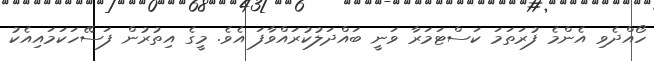
ހޯއްދެވި އެންމެ ފުރަތަމަ ކަސްޓަމަރާ ވަނީ ބައްދަލުކުރައްވާފަ އެވެ. މީގެ އިތުރުން ފަސޭހަކަމައިއެކު